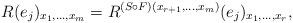
LaTeX: \begin{align*}R(e_j)_{x_1,\dots,x_m}=R^{(S\circ F)(x_{r+1},\dots,x_m)}(e_j)_{x_1,\dots,x_r},\end{align*}